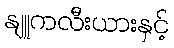
နျူကလီးယားနှင့်